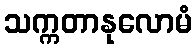
သက္ကတာနုလောမံ